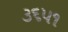
૩૬૫૧